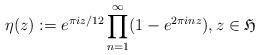
LaTeX: \begin{align*} \eta(z):=e^{\pi iz/12}\prod_{n=1}^\infty(1-e^{2\pi inz}),z\in\mathfrak H\end{align*}